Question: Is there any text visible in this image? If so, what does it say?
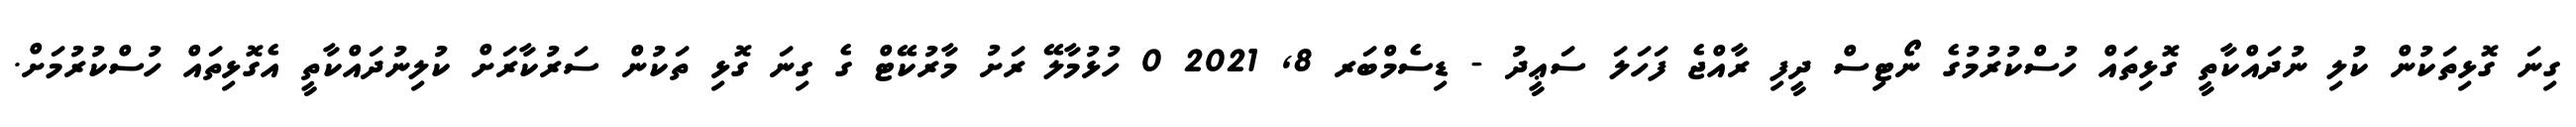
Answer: ގިނަ ގޮޅިތަކުން ކުލި ނުދައްކާތީ ގޮޅިތައް ހުސްކުރުމުގެ ނޯޓިސް ދީފި ރާއްޖެ ފަހަލަ ސަޢީދު - ޑިސެމްބަރ 8, 2021 0 ހުޅުމާލޭ ރަށު މާރުކޭޓް ގެ ގިނަ ގޮޅި ތަކުން ސަރުކާރަށް ކުލިނުދައްކާތީ އެގޮޅިތައް ހުސްކުރުމަށް.